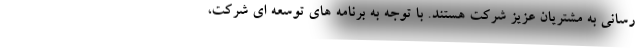
رسانی به مشتریان عزیز شرکت هستند. با توجه به برنامه های توسعه ای شرکت،